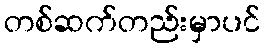
တစ်ဆက်တည်းမှာပင်